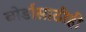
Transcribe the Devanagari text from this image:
बोर्डासाठीही